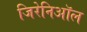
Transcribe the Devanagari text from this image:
जिरेनिऑल